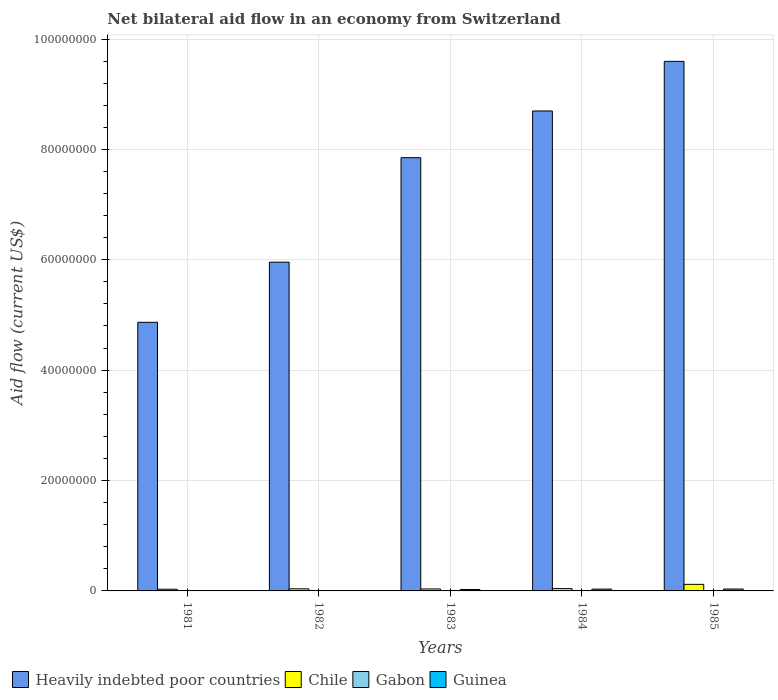
| Years | Heavily indebted poor countries | Chile | Gabon | Guinea |
 | --- | --- | --- | --- | --- |
 | 1981 | 4.87e+07 | 3.1e+05 | 1e+04 | 1e+04 |
 | 1982 | 5.96e+07 | 3.8e+05 | 5e+04 | 6e+04 |
 | 1983 | 7.85e+07 | 3.6e+05 | 6e+04 | 2.6e+05 |
 | 1984 | 8.7e+07 | 4.2e+05 | 5e+04 | 3.3e+05 |
 | 1985 | 9.6e+07 | 1.19e+06 | 6e+04 | 3.4e+05 |